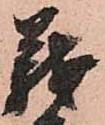
義